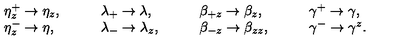
\begin{array} { l l l l } { \eta _ { z } ^ { + } \rightarrow \eta _ { z } , \quad } & { \quad \lambda _ { + } \rightarrow \lambda , \quad } & { \quad \beta _ { + z } \rightarrow \beta _ { z } , \quad } & { \quad \gamma ^ { + } \rightarrow \gamma , } \\ { \eta _ { z } ^ { - } \rightarrow \eta , \quad } & { \quad \lambda _ { - } \rightarrow \lambda _ { z } , \quad } & { \quad \beta _ { - z } \rightarrow \beta _ { z z } , \quad } & { \quad \gamma ^ { - } \rightarrow \gamma ^ { z } . } \\ \end{array}